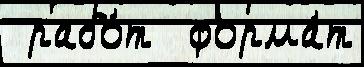
 рабо́т  форма́т